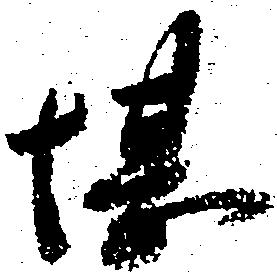
堪